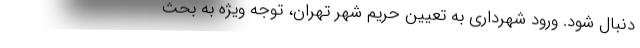
دنبال شود. ورود شهرداری به تعیین حریم شهر تهران، توجه ویژه به بحث